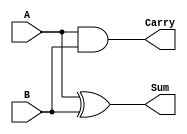
module HalfAdder (
    input wire A,    // First input
    input wire B,    // Second input
    output wire Sum, // Sum output
    output wire Carry // Carry output
);

// Logic for Sum and Carry
assign Sum = A ^ B;    // Sum is A XOR B
assign Carry = A & B;  // Carry is A AND B

endmodule